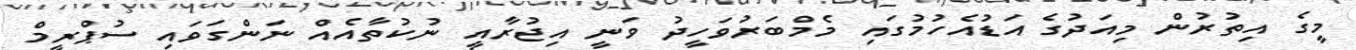
މީގެ އިތުރުން މިއަދުގެ އަޑުއެހުމުގައި މެމްބަރުވަހީދު ވަނީ އިޖުރާއީ ނުކުތާއެއް ނަންގަވައި ސުޕްރީމް